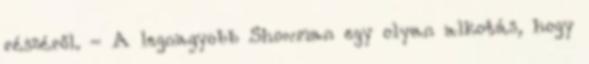
részéről. - A legnagyobb Showman egy olyan alkotás, hogy